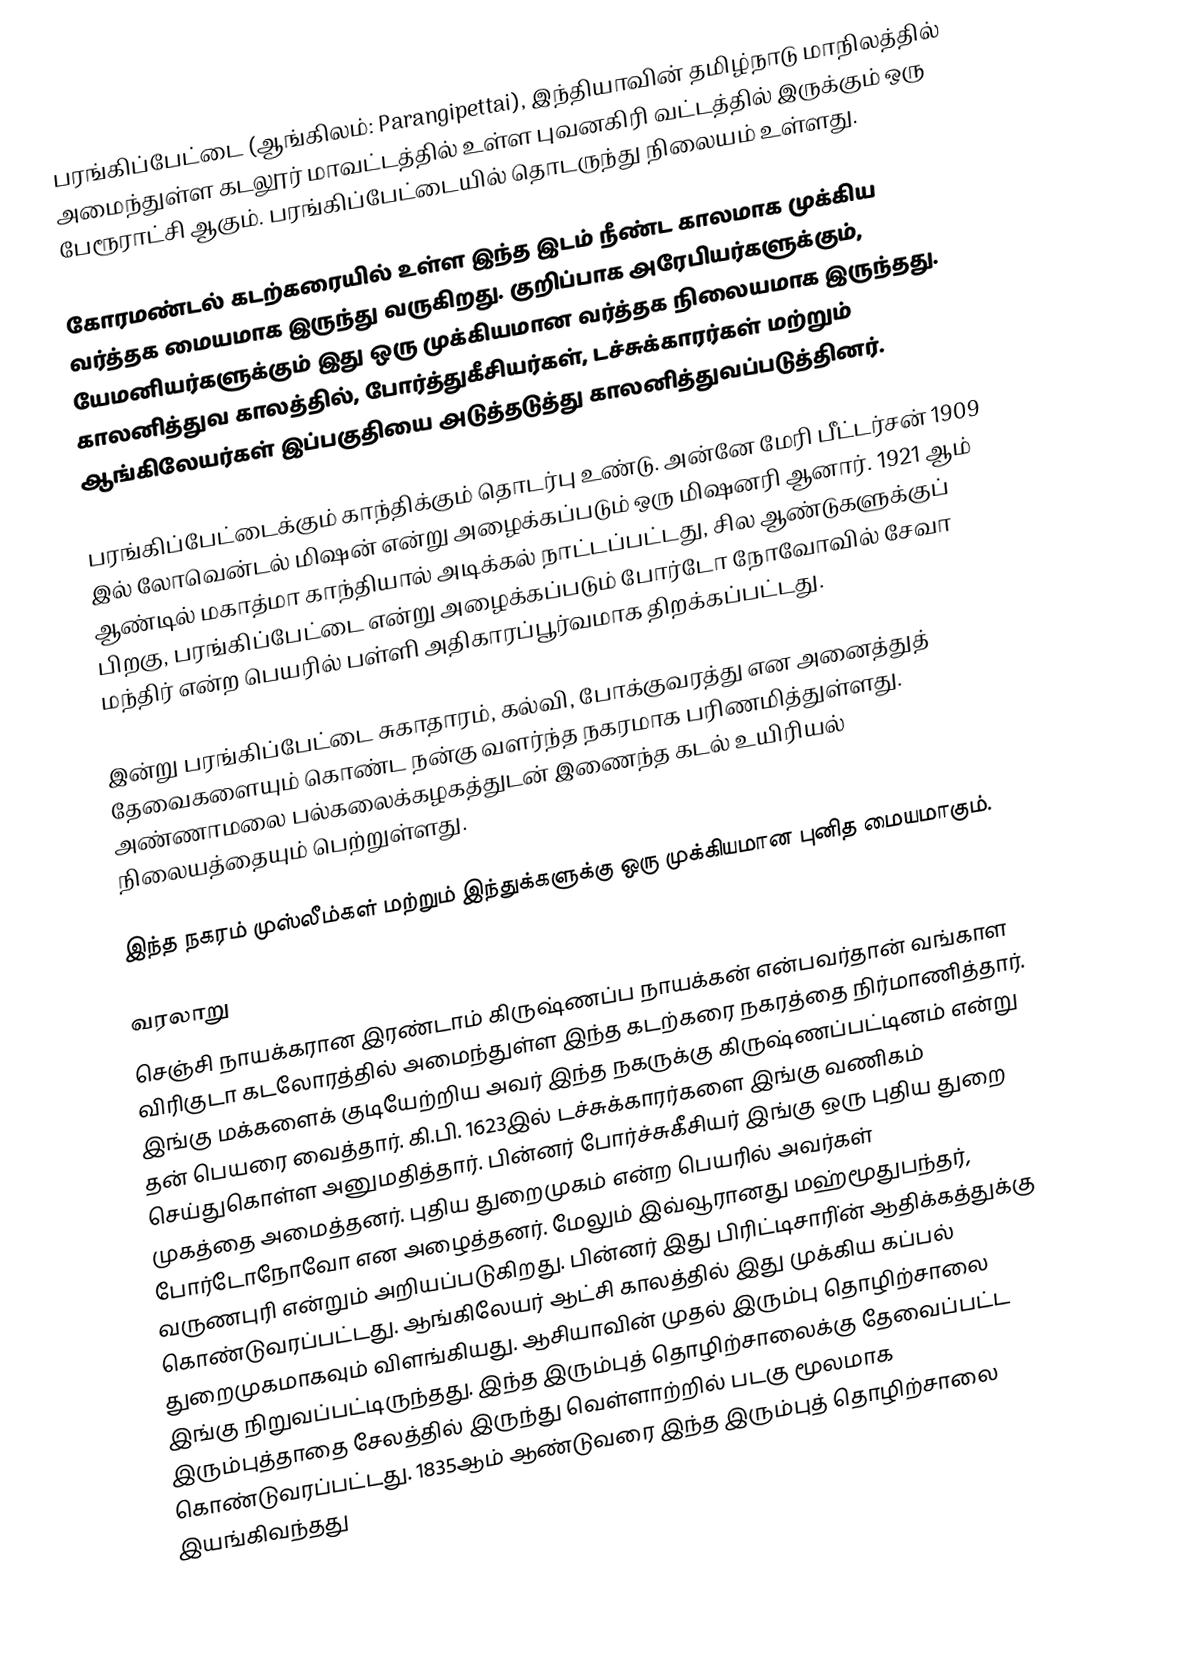
பரங்கிப்பேட்டை (ஆங்கிலம்:  Parangipettai), இந்தியாவின் தமிழ்நாடு மாநிலத்தில் அமைந்துள்ள கடலூர் மாவட்டத்தில் உள்ள புவனகிரி வட்டத்தில் இருக்கும் ஒரு பேரூராட்சி ஆகும். பரங்கிப்பேட்டையில் தொடருந்து நிலையம் உள்ளது.

கோரமண்டல் கடற்கரையில் உள்ள இந்த இடம் நீண்ட காலமாக முக்கிய வர்த்தக மையமாக இருந்து வருகிறது. குறிப்பாக அரேபியர்களுக்கும், யேமனியர்களுக்கும் இது ஒரு முக்கியமான வர்த்தக நிலையமாக இருந்தது. காலனித்துவ காலத்தில், போர்த்துகீசியர்கள், டச்சுக்காரர்கள் மற்றும் ஆங்கிலேயர்கள் இப்பகுதியை அடுத்தடுத்து காலனித்துவப்படுத்தினர்.

பரங்கிப்பேட்டைக்கும் காந்திக்கும் தொடர்பு உண்டு. அன்னே மேரி பீட்டர்சன் 1909 இல் லோவென்டல் மிஷன் என்று அழைக்கப்படும் ஒரு மிஷனரி ஆனார். 1921 ஆம் ஆண்டில் மகாத்மா காந்தியால் அடிக்கல் நாட்டப்பட்டது, சில ஆண்டுகளுக்குப் பிறகு, பரங்கிப்பேட்டை என்று அழைக்கப்படும் போர்டோ நோவோவில் சேவா மந்திர் என்ற பெயரில் பள்ளி அதிகாரப்பூர்வமாக திறக்கப்பட்டது.

இன்று பரங்கிப்பேட்டை சுகாதாரம், கல்வி, போக்குவரத்து என அனைத்துத் தேவைகளையும் கொண்ட நன்கு வளர்ந்த நகரமாக பரிணமித்துள்ளது. அண்ணாமலை பல்கலைக்கழகத்துடன் இணைந்த கடல் உயிரியல் நிலையத்தையும் பெற்றுள்ளது.

இந்த நகரம் முஸ்லீம்கள் மற்றும் இந்துக்களுக்கு ஒரு முக்கியமான புனித மையமாகும்.

வரலாறு
செஞ்சி நாயக்கரான இரண்டாம் கிருஷ்ணப்ப நாயக்கன் என்பவர்தான் வங்காள விரிகுடா கடலோரத்தில் அமைந்துள்ள இந்த கடற்கரை நகரத்தை நிர்மாணித்தார். இங்கு மக்களைக் குடியேற்றிய அவர் இந்த நகருக்கு கிருஷ்ணப்பட்டினம் என்று தன் பெயரை வைத்தார். கி.பி. 1623இல் டச்சுக்காரர்களை இங்கு வணிகம் செய்துகொள்ள அனுமதித்தார். பின்னர் போர்ச்சுகீசியர் இங்கு ஒரு புதிய துறை முகத்தை அமைத்தனர். புதிய துறைமுகம் என்ற பெயரில் அவர்கள்  போர்டோநோவோ என அழைத்தனர். மேலும் இவ்வூரானது மஹ்மூதுபந்தர், வருணபுரி என்றும் அறியப்படுகிறது. பின்னர் இது பிரிட்டிசாரி்ன் ஆதிக்கத்துக்கு கொண்டுவரப்பட்டது. ஆங்கிலேயர் ஆட்சி காலத்தில் இது முக்கிய கப்பல் துறைமுகமாகவும் விளங்கியது. ஆசியாவின் முதல் இரும்பு தொழிற்சாலை இங்கு நிறுவப்பட்டிருந்தது. இந்த இரும்புத் தொழிற்சாலைக்கு தேவைப்பட்ட இரும்புத்தாதை சேலத்தில் இருந்து வெள்ளாற்றில் படகு மூலமாக கொண்டுவரப்பட்டது. 1835ஆம் ஆண்டுவரை இந்த இரும்புத் தொழிற்சாலை இயங்கிவந்தது